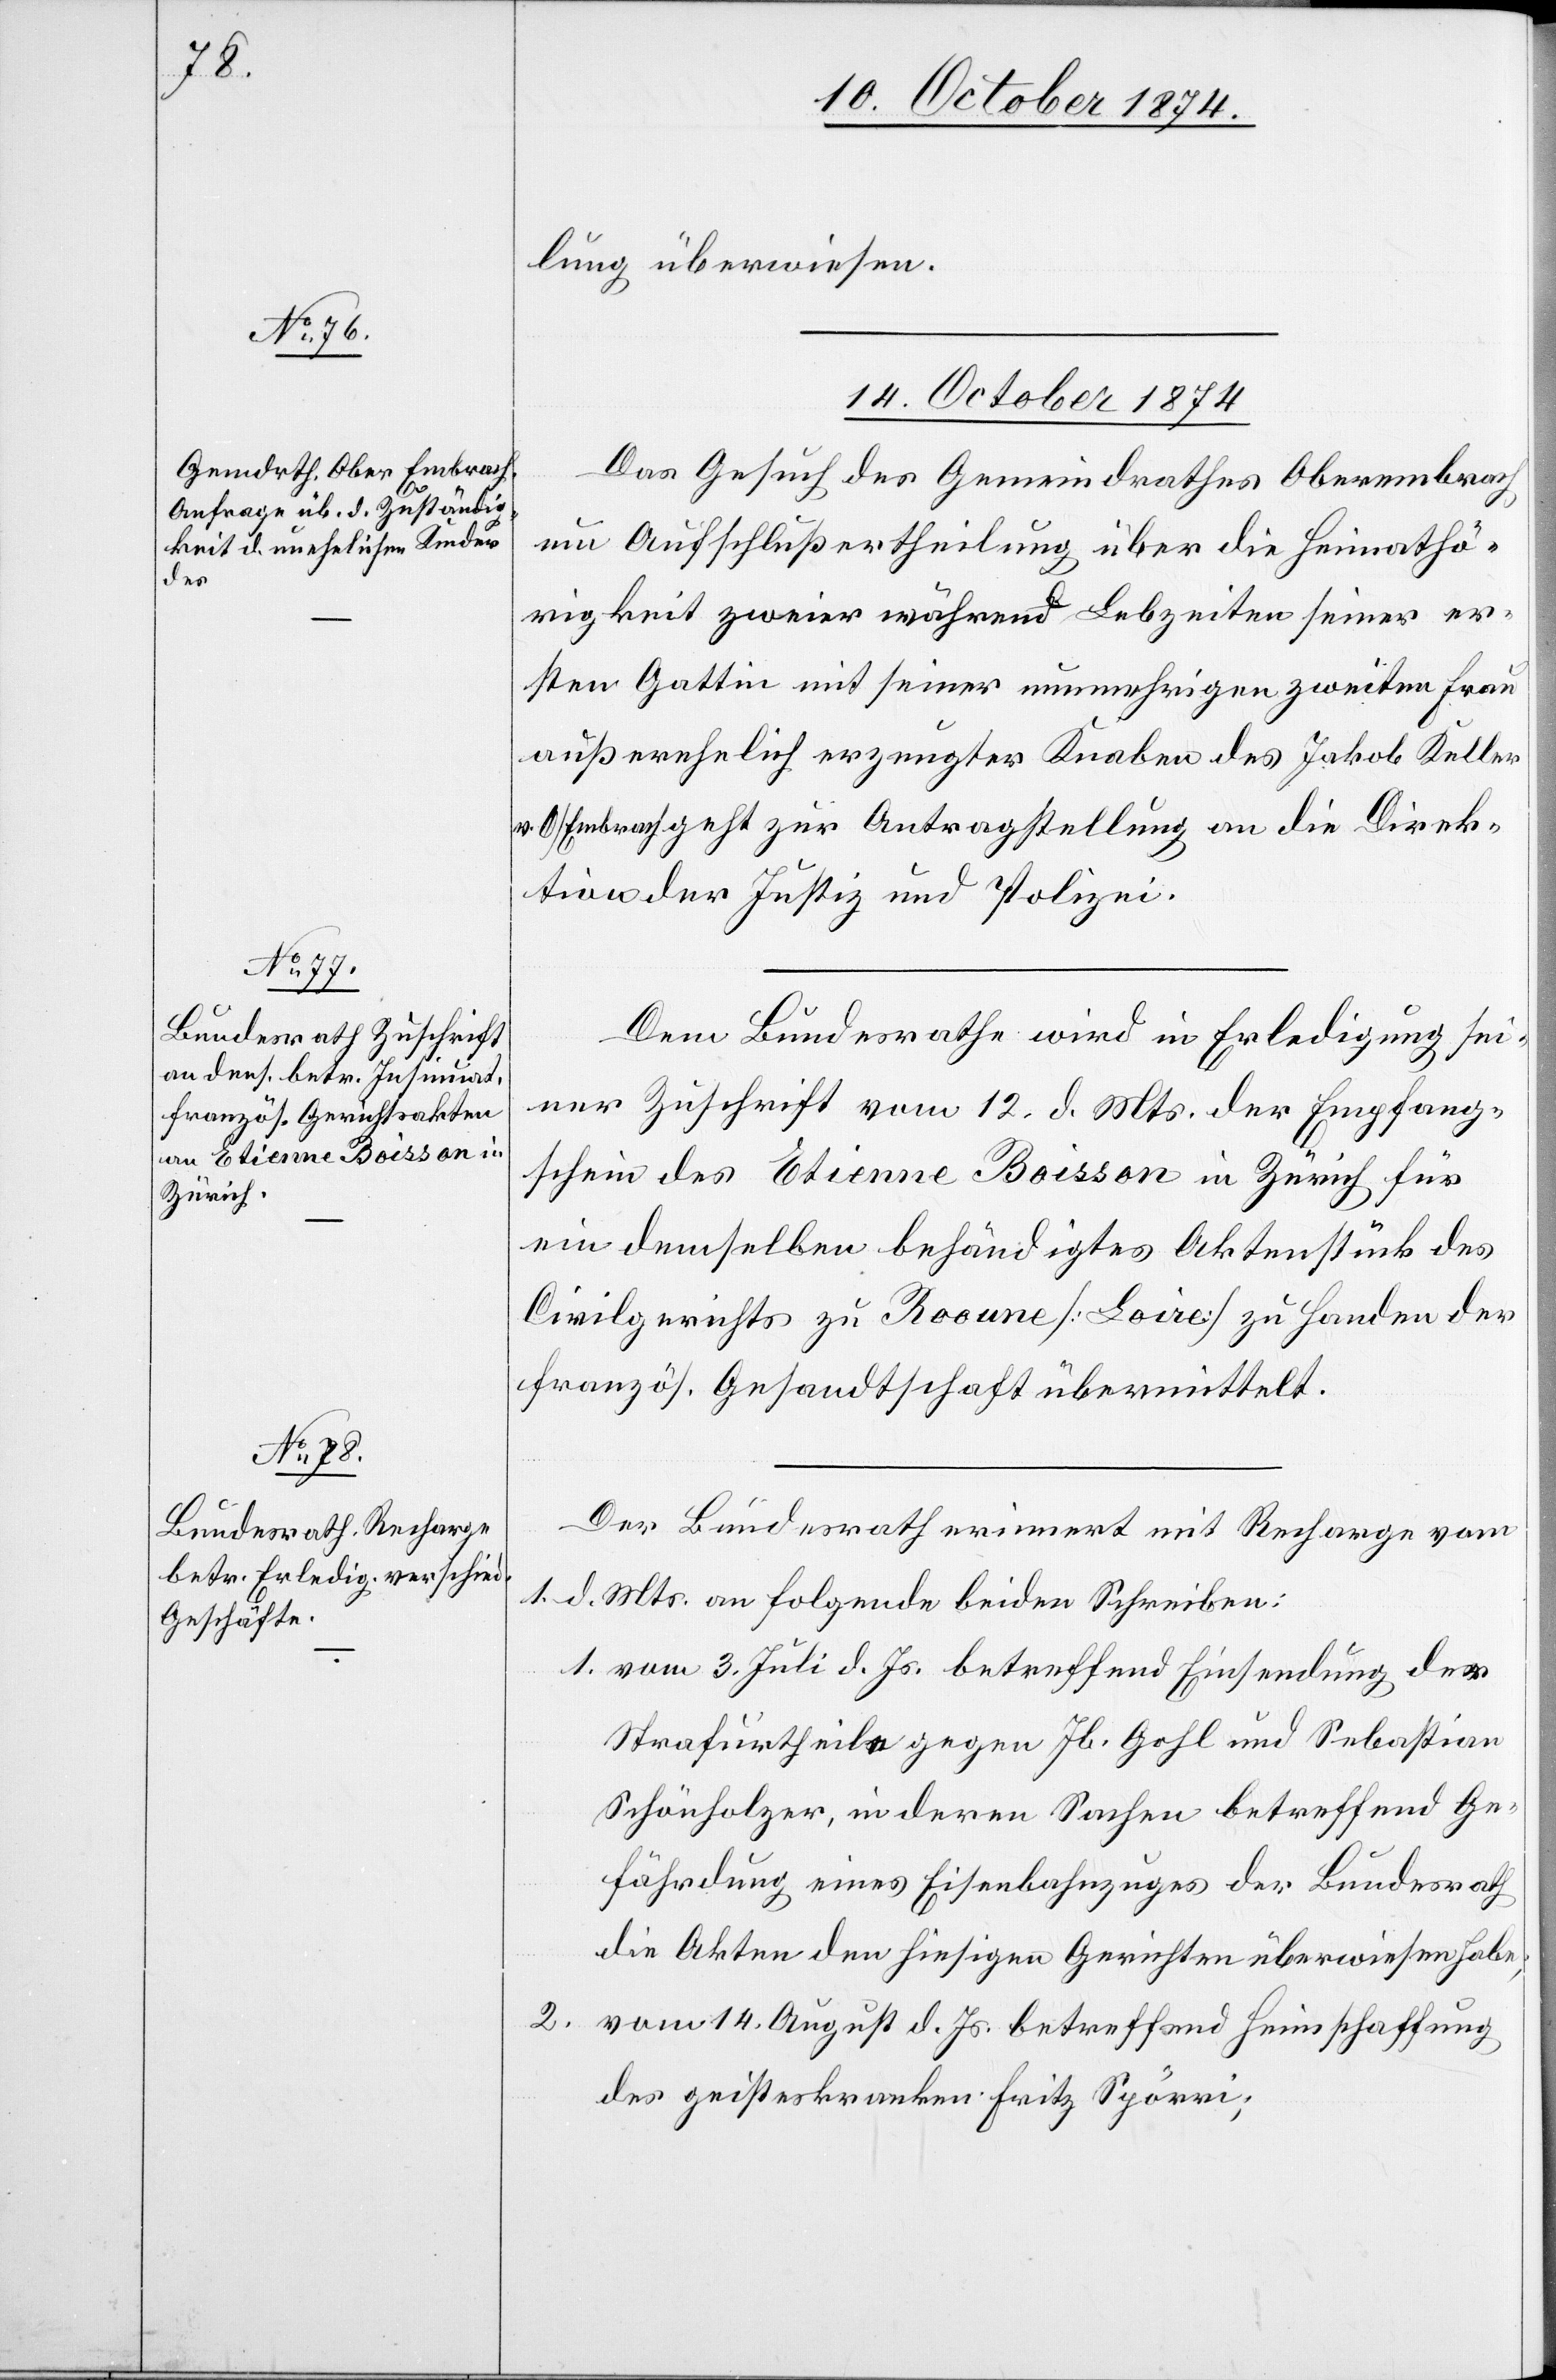
lung überwiesen.
14. October 1874.]
Das Gesuch des Gemeindrathes Oberembrach
um Aufschlußertheilung über die Heimathö¬
rigkeit zweier während Lebzeiten seiner er¬
sten Gattin mit seiner nunmehrigen zweiten Frau
außerehelich erzeugter Knaben des Jakob Keller
v. O/Embrach geht zur Antragstellung an die Direk¬
tion der Justiz und Polizei.
Dem Bundesrathe wird in Erledigung sei¬
ner Zuschrift vom 12. d. Mts. der Empfang¬
schein des Etienne Boisson in Zürich für
ein demselben behändigtes Aktenstück des
Civilgerichts zu Reoune [Loire] zu Handen der
französ. Gesandtschaft übermittelt.
Der Bundesrath erinnert mit Recharge vom
1. d. Mts. an folgende beide Schreiben:
1. vom 3. Juli d. Js. betreffend Einsendung der
Strafurtheile gegen Jb. Gohl und Sebastian
Schönholzer, in deren Sachen betreffend Ge¬
fährdung eines Eisenbahnzuges der Bundesrath
die Akten den hiesigen Gerichten überwiesen habe;
2. vom 14. August d. Js. betreffend Heimschaffung
des geisteskranken Fritz Spörri;